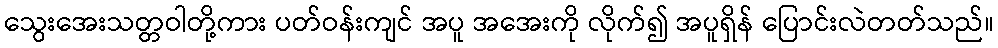
သွေးအေးသတ္တဝါတို့ကား ပတ်ဝန်းကျင် အပူ အအေးကို လိုက်၍ အပူရှိန် ပြောင်းလဲတတ်သည်။